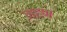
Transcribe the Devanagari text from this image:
महण